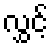
လွှင့်